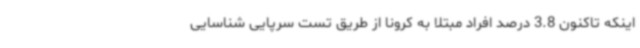
اینکه تاکنون 3.8 درصد افراد مبتلا به کرونا از طریق تست سرپایی شناسایی